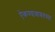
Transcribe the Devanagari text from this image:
ऐकण्याबाबतच्या